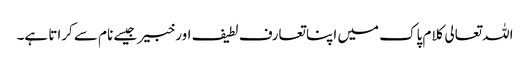
اللہ تعالی کلام پاک میں اپنا تعارف لطیف اور خبیر جیسے نام سے کراتا ہے۔